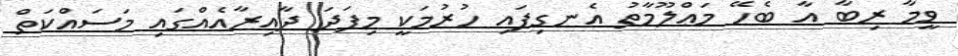
ވީމާ ރިބާ އާ ބެހޭ މަޢްލޫމާތު އެނގިފައި ހުރުމަކީ މިފަދަ ދާއިރާއެއްގައި މަސައްކަތް